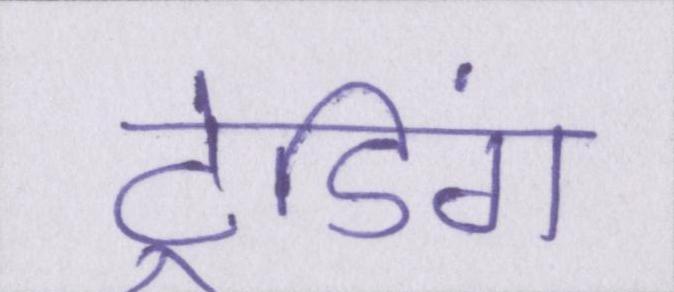
ट्रेडिंग